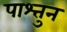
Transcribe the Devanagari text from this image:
पाश्तुन